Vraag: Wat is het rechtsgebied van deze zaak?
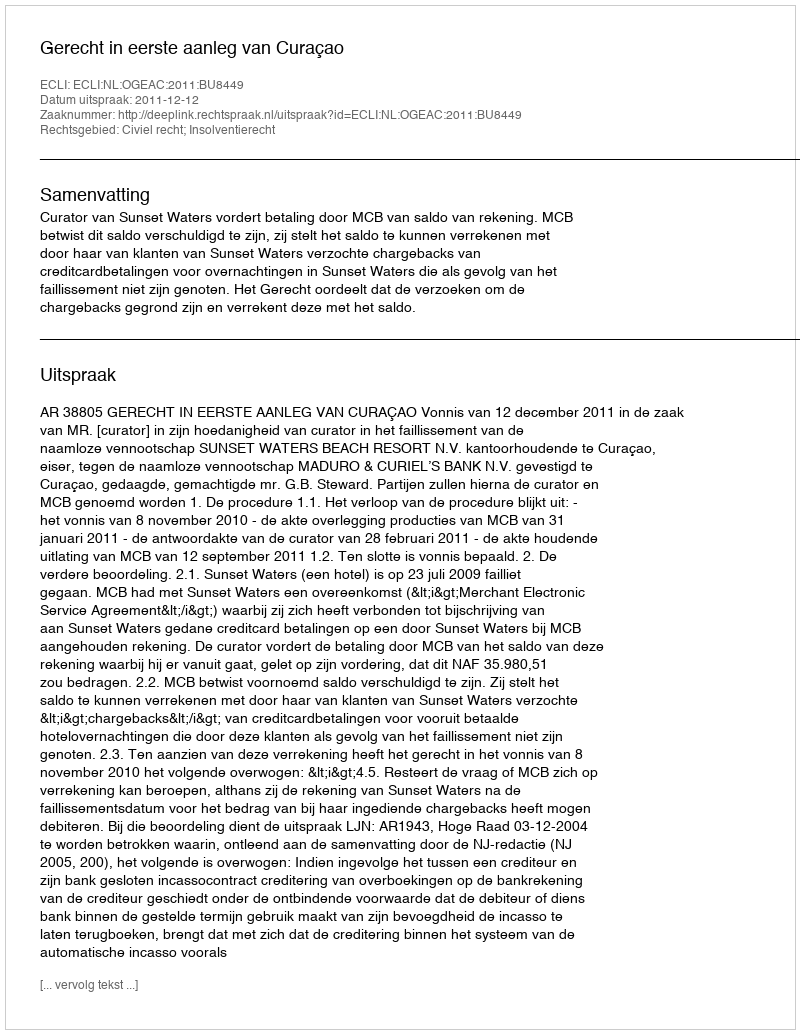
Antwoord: Civiel recht; Insolventierecht